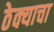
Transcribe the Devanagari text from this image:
ठेक्याचा